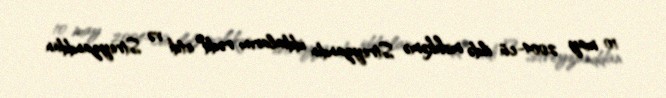
10 may 2004-cü ildə məhkəmə Streyzandın iddialarını rədd etdi və Streyzanddan